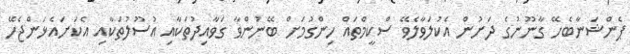
ޕެންޝަނާބެހޭ ގާނޫނުގެ ދަށުން އެކުލަވާލެވޭ ސްކީމްތައް ހިންގުމަށް ބޭނުންވާ ގަވާއިދުތަކާއި އުސޫލުތަކާއި އެކަށައެޅަންޖެހޭ